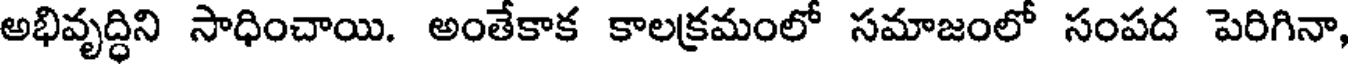
అభివృద్ధిని సాధించాయి. అంతేకాక కాలక్రమంలో సమాజంలో సంపద పెరిగినా,